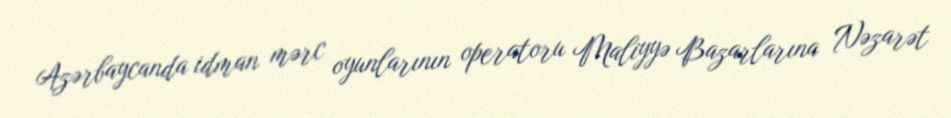
Azərbaycanda idman mərc oyunlarının operatoru Maliyyə Bazarlarına Nəzarət